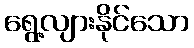
ရွေ့လျားနိုင်သော